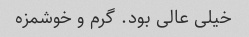
خیلی عالی بود. گرم و خوشمزه